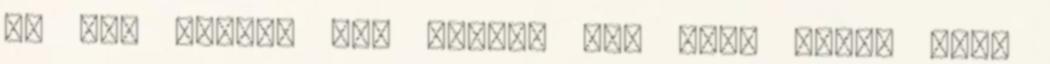
ha nem látom, nem hiszem el, hogy ilyen van.